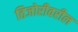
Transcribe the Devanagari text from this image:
तिजोरीवरील